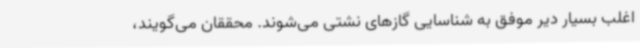
اغلب بسیار دیر موفق به شناسایی گازهای نشتی می‌شوند. محققان می‌گویند،